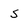
Character: s